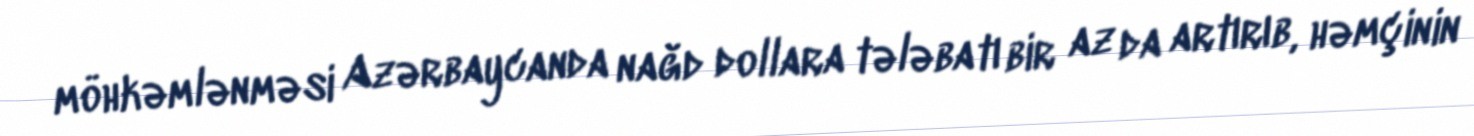
möhkəmlənməsi Azərbaycanda nağd dollara tələbatı bir az da artırıb, həmçinin